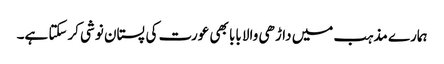
ہمارے مذہب میں داڑھی والا بابا بھی عورت کی پستان نوشی کرسکتا ہے۔